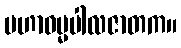
မဟာဓမ္မပါလဇာတက။